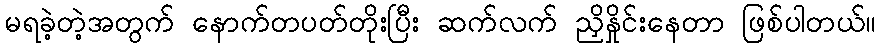
မရခဲ့တဲ့အတွက် နောက်တပတ်တိုးပြီး ဆက်လက် ညှိနှိုင်းနေတာ ဖြစ်ပါတယ်။